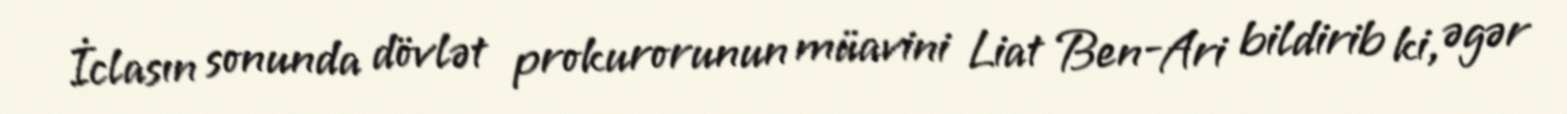
İclasın sonunda dövlət prokurorunun müavini Liat Ben-Ari bildirib ki, əgər